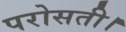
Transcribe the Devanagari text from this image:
परोसती।